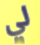
لي